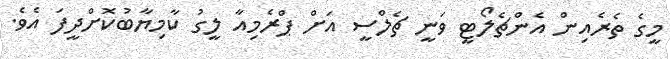
މީގެ ތެރެއިން އެންޗެލޯޓީ ވަނީ ޗެލްސީ އަށް ޕްރެމިއާ ލީގު ކާމިޔާބުކޮށްދީފަ އެވެ.